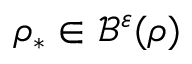
\rho _ { \ast } \in \mathcal { B } ^ { \varepsilon } ( \rho )